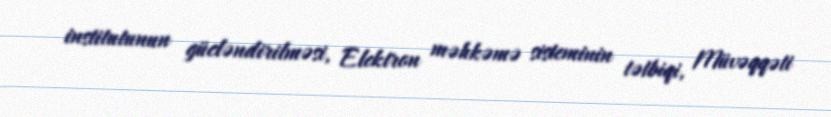
institutunun gücləndirilməsi, Elektron məhkəmə sisteminin tətbiqi, Müvəqqəti